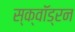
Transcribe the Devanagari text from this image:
स्क्वाॅड्रन